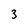
Character: 3